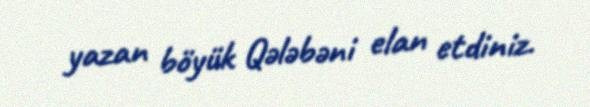
yazan böyük Qələbəni elan etdiniz.